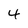
Character: 4